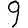
Digit: 9